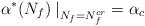
\begin{align*}\alpha^* (N_f) \left. \right|_{N_f = N_f^{cr}} = \alpha_c \end{align*}